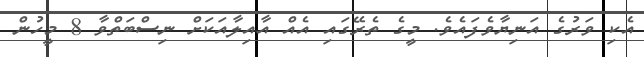
އެކި ވަރުގެ އަނިޔާވެފައެވެ. މީގެ ތެރޭގައި އެއް އާއިލާއަކަށް ނިސްބަތްވާ 8 މީހުން